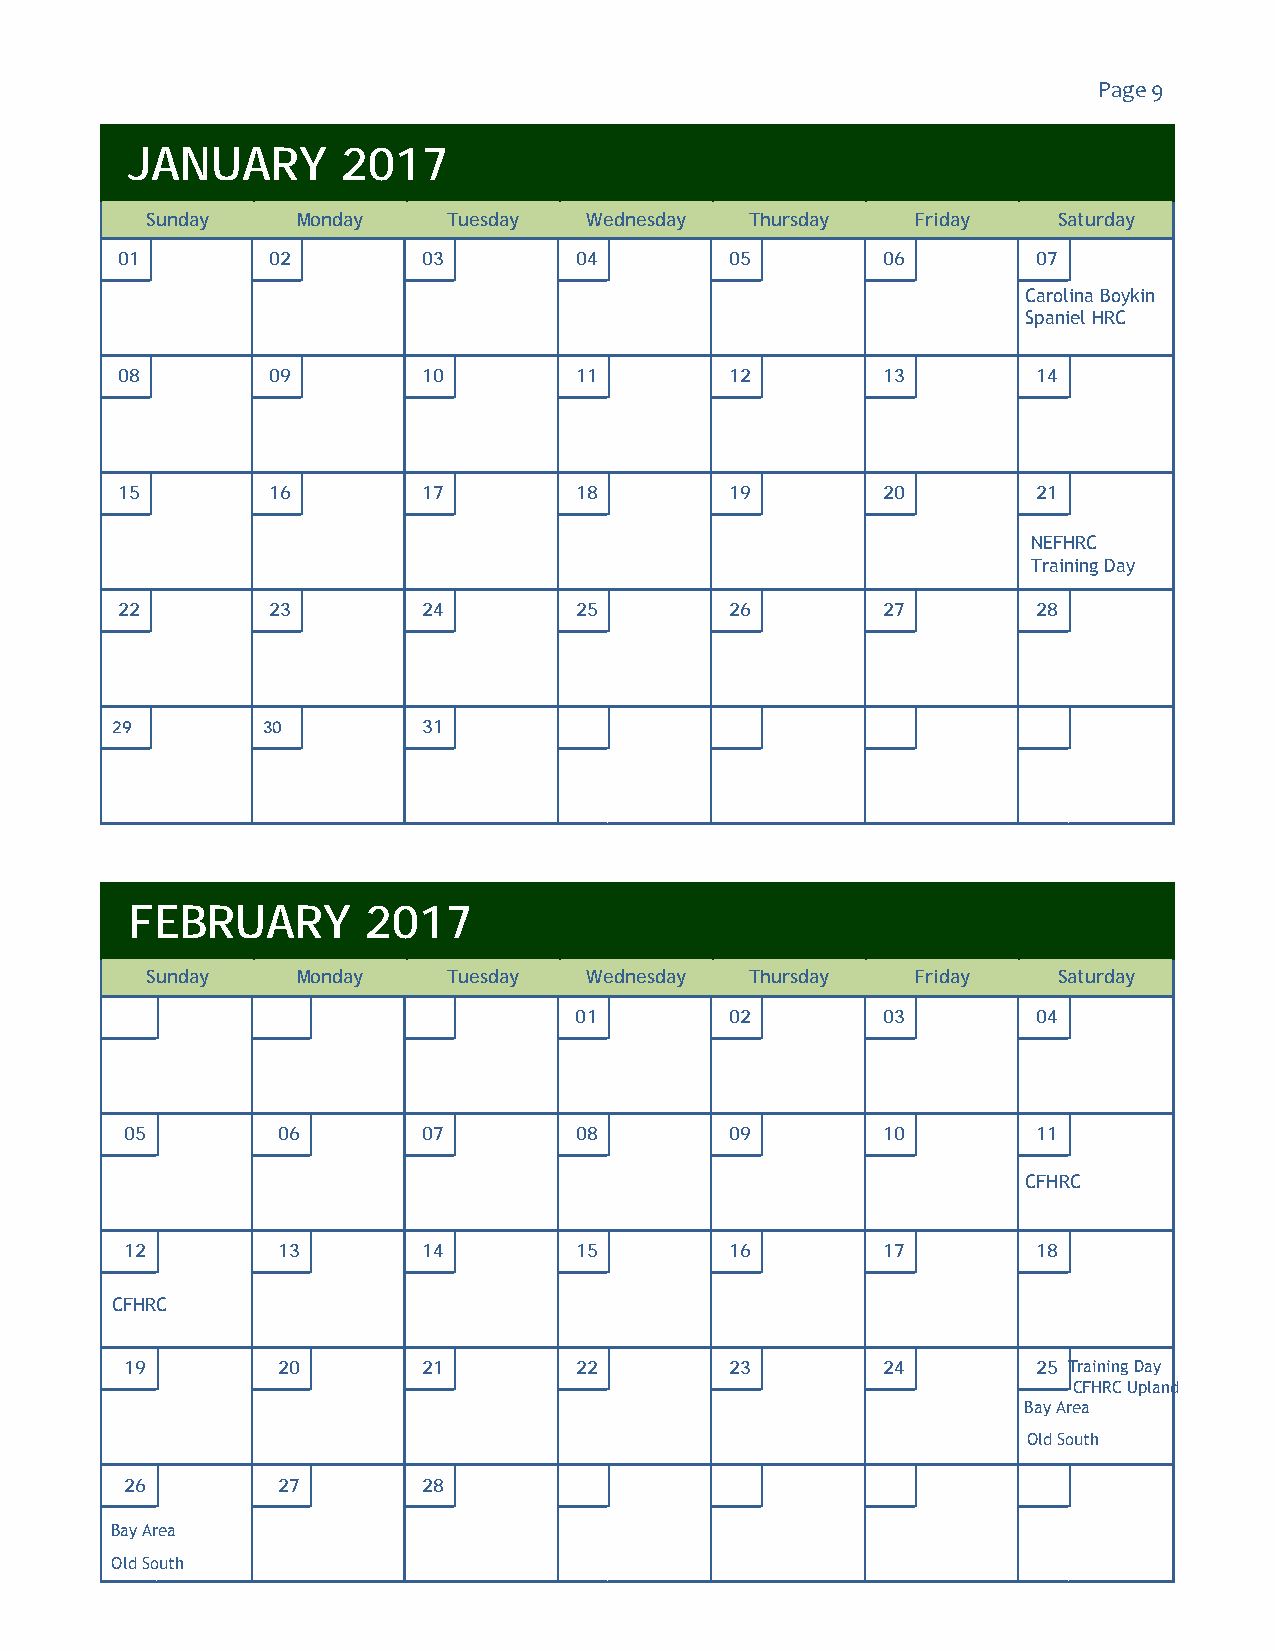
Page 9
 JANUARY        2017
 Sunday    Monday    Tuesday  Wednesday  Thursday   Friday   Saturday
 01        02        03        04        05        06         07
 Carolina Boykin
 Spaniel HRC
 08        09        10        11        12        13         14
 15        16        17        18        19        20         21
 NEFHRC
 Training Day
 22        23        24        25        26        27         28
 29        30         31
 FEBRUARY        2017
 Sunday    Monday    Tuesday  Wednesday  Thursday   Friday   Saturday
 01        02        03         04
 05        06        07        08        09        10         11
 CFHRC
 12        13        14        15        16        17         18
 CFHRC
 19        20        21        22        23        24         25 Training Day
 CFHRC Upland
 Bay Area
 Old South
 26        27        28
 Bay Area
 Old South